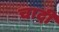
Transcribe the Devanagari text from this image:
चादीं